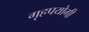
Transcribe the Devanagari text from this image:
गृहपयोगी